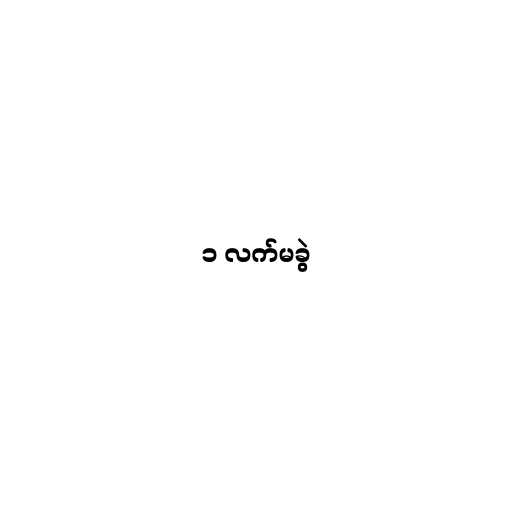
၁ လက်မခွဲ